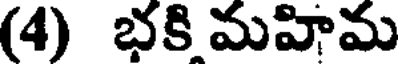
(4) భకి మహిమ